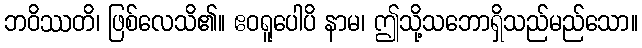
ဘဝိဿတိ၊ ဖြစ်လေသိ၏။ ဧဝရူပေါပိ နာမ၊ ဤသို့သဘောရှိသည်မည်သော။